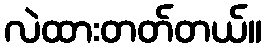
လဲထားတတ်တယ်။